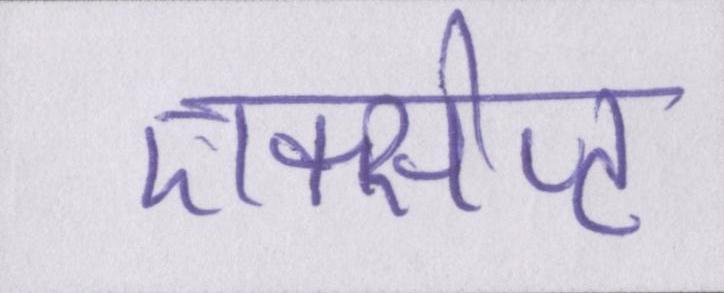
एक्सेप्ट